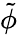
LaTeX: \tilde{\phi}